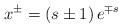
LaTeX: \begin{align*}x^{\pm }=\left( s\pm 1\right) e^{\mp s} \end{align*}